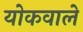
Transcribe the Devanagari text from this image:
योकवाले